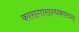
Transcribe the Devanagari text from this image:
कारागारान्धकारघ्नः